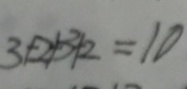
3 + 2 + 3 + 2 = 1 0